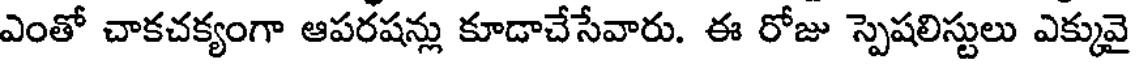
ఎంతో చాకచక్యంగా ఆపరషన్లు కూడాచేసేవారు. ఈ రోజు స్పెషలిస్టులు ఎక్కువై